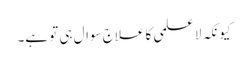
کیونکہ لا علمی کا علاج سوال ہی تو ہے۔